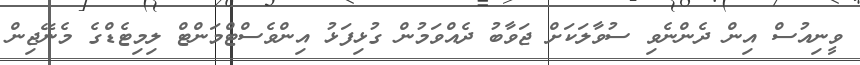
ވީނިއުސް އިން ދެންނެވި ސުވާލަކަށް ޖަވާބު ދެއްވަމުން ގުޅިފަޅު އިންވެސްޓްމަންޓް ލިމިޓެޑްގެ މެނޭޖިން